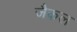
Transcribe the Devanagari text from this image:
जैकल